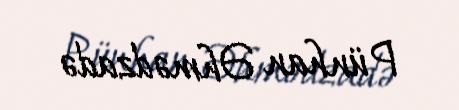
Pünhan Əhmədzadə